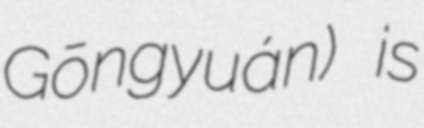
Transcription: Gōngyuán) is